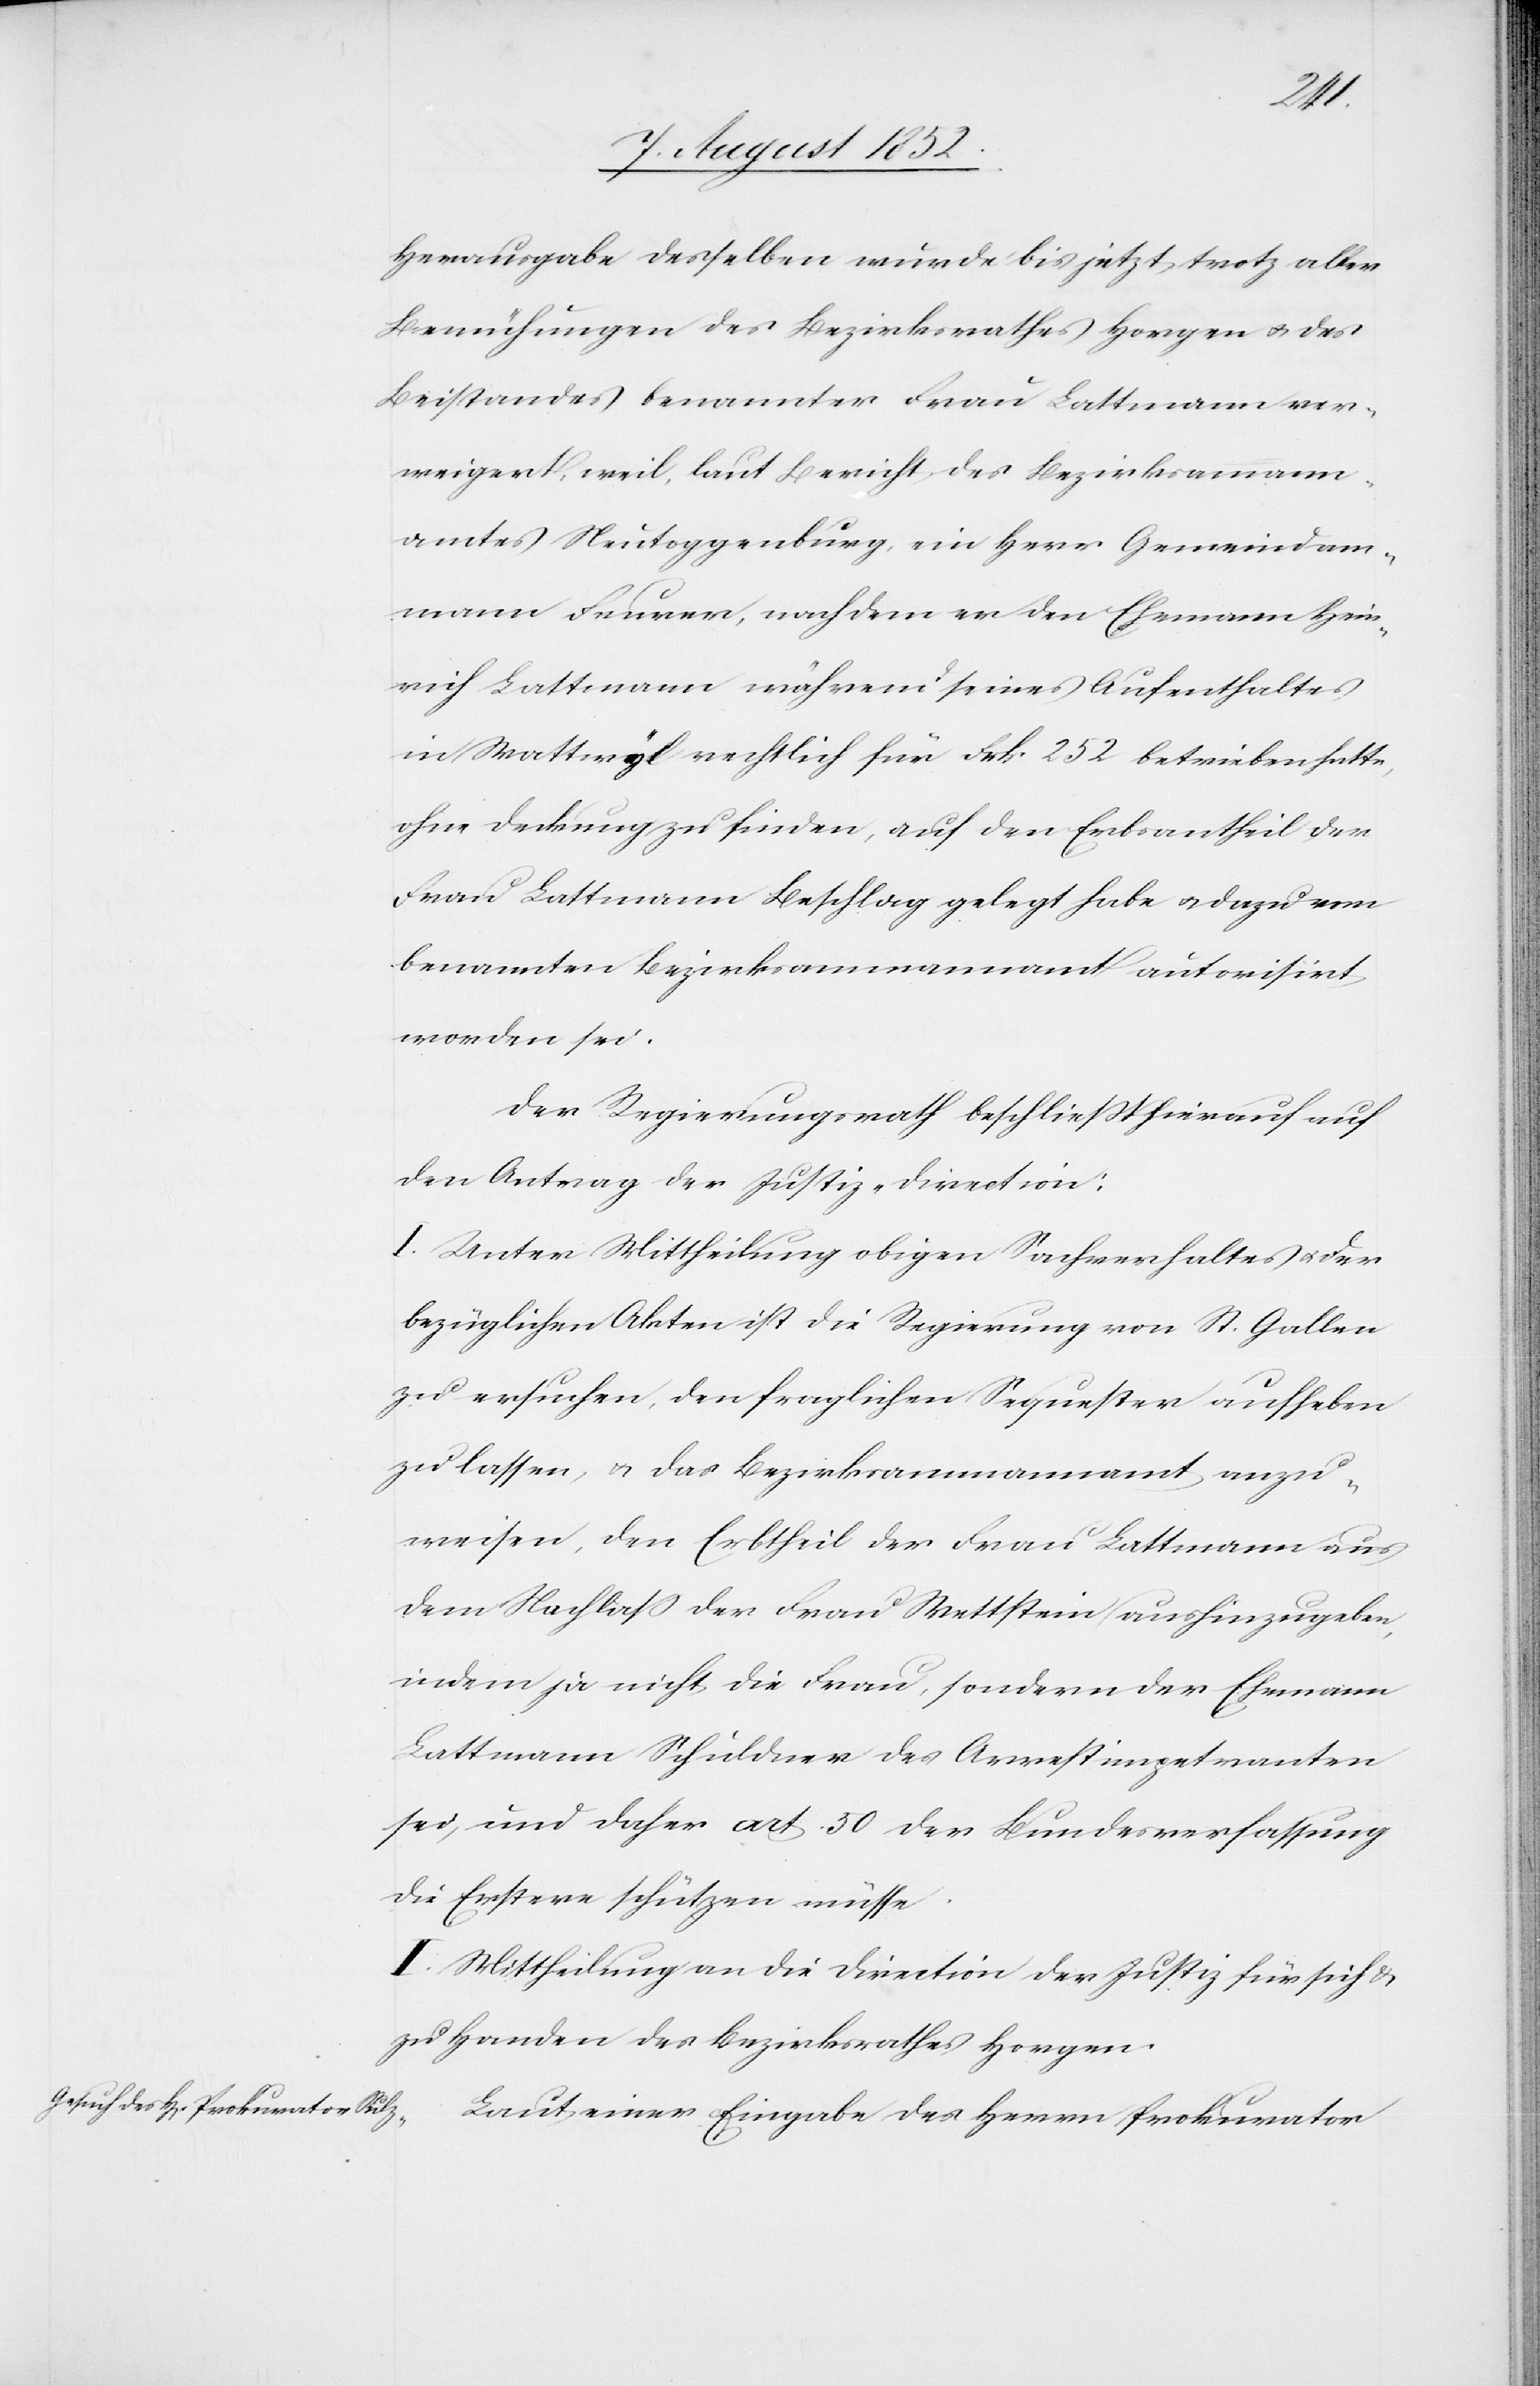
Herausgabe desselben wurde bis jetzt trotz aller
Bemühungen des Bezirksrathes Horgen & des
Beistandes benannter Frau Lattmann ver¬
weigert, weil, laut Bericht des Bezirksammann¬
amtes Neutoggenburg, ein Herr Gemeindam¬
mann Feurer, nachdem er den Ehemann Hein¬
rich Lattmann während seines Aufenthaltes
in Wattwyl rechtlich für Frk 252 betrieben hatte,
ohne Deckung zu finden, auf den Erbsantheil der
Frau Lattmann Beschlag gelegt habe & dazu vom
benannten Bezirksammannamt autorisirt
worden sei.
Der Regierungsrath beschließt hierauf auf
den Antrag der Justiz-Direction:
I. Unter Mittheilung obigen Sachverhaltes & der
bezüglichen Akten ist die Regierung von St. Gallen
zu ersuchen, den fraglichen Sequester aufheben
zu lassen, & das Bezirksammannamt anzu¬
weisen, den Erbtheil der Frau Lattmann aus
dem Nachlaß der Frau Wettstein aushinzugeben,
indem ja nicht die Frau, sondern der Ehemann
Lattmann Schuldner des Arrestimpetranten
sei, und daher art. [sic!] 50 der Bundesverfassung
die Erstere schützen müsse.
II. Mittheilung an die Direction der Justiz für sich &
zu Handen des Bezirksrathes Horgen.
Laut einer Eingabe des Herrn Prokurator